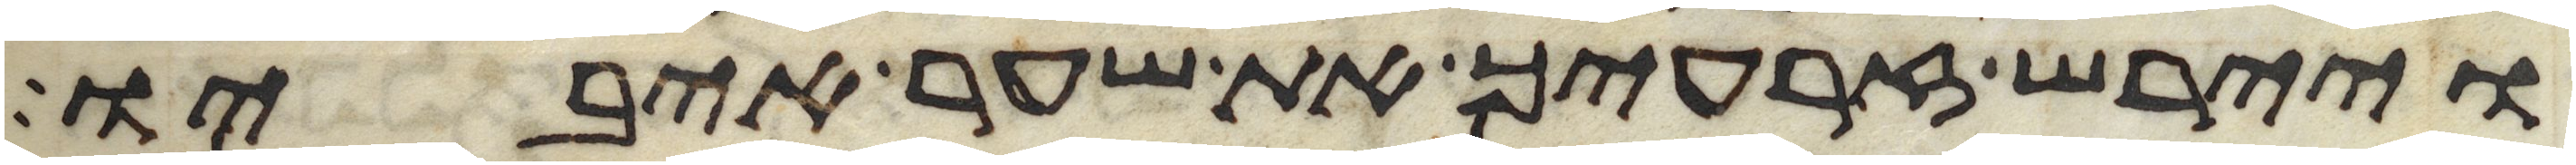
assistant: ויירש זרעיך את שער איביו